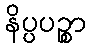
နိပ္ပပဉ္စာ